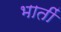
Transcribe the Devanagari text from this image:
भातीं